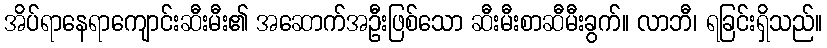
အိပ်ရာနေရာကျောင်းဆီးမီး၏ အဆောက်အဦးဖြစ်သော ဆီးမီးစာဆီမီးခွက်။ လာဘီ၊ ရခြင်းရှိသည်။